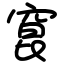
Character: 窤